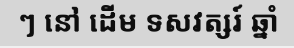
ៗ នៅ ដើម ទសវត្សរ៍ ឆ្នាំ